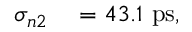
\begin{array} { r l } { \sigma _ { n 2 } } & { { } = 4 3 . 1 ~ \mathrm { p s } , } \end{array}